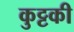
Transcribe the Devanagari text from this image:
कुट्टकी